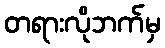
တရားလိုဘက်မှ